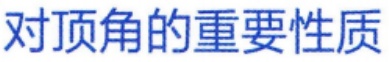
对顶角的重要性质